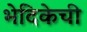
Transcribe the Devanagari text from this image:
भेदिकेची